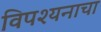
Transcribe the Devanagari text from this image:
विपश्यनाचा